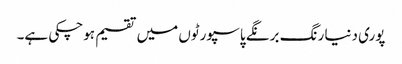
پوری دنیا رنگ برنگے پاسپورٹوں میں تقسیم ہوچکی ہے۔